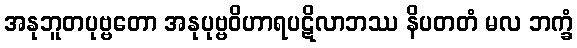
အနုဘူတပုဗ္ဗတော အနုပုဗ္ဗဝိဟာရပဋိလာဘဿ နိပတတံ မလ ဘက္ခံ